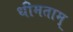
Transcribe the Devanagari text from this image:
धीमताम्